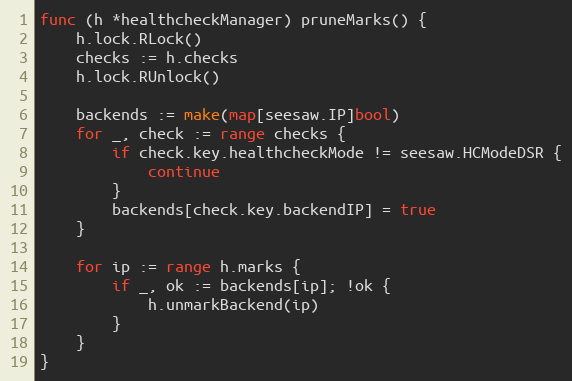
Language: Go
func (h *healthcheckManager) pruneMarks() {
	h.lock.RLock()
	checks := h.checks
	h.lock.RUnlock()

	backends := make(map[seesaw.IP]bool)
	for _, check := range checks {
		if check.key.healthcheckMode != seesaw.HCModeDSR {
			continue
		}
		backends[check.key.backendIP] = true
	}

	for ip := range h.marks {
		if _, ok := backends[ip]; !ok {
			h.unmarkBackend(ip)
		}
	}
}